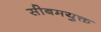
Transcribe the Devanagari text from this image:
सीबमयुक्त